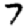
Digit: 7